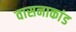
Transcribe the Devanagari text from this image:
वासनाकांड